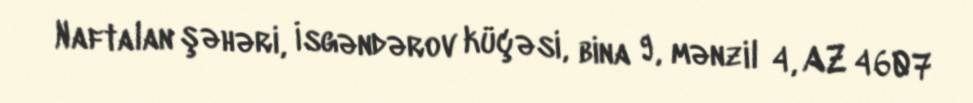
Naftalan şəhəri, İsgəndərov küçəsi, bina 9, mənzil 4, AZ 4607